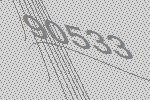
90533